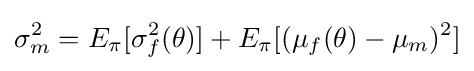
\sigma _{m}^{2}=E_{\pi }[\sigma _{f}^{2}(\theta )]+E_{\pi }[(\mu _{f}(\theta )-\mu _{m})^{2}]